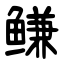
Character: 鳒